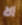
ألا